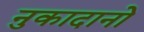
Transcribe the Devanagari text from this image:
नुकादानो